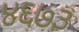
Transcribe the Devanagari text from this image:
४६७३